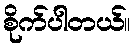
စိုက်ပါတယ်။